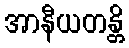
အာနီယတန္တိ